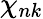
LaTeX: \chi_{nk}